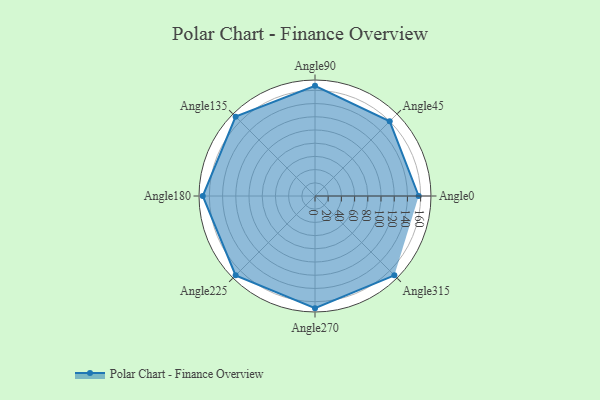
{"axis": {"x": "Angle", "y": "Radius"}, "legend": [""], "data": [{"x": "Angle0", "y": 157.0, "type": ""}, {"x": "Angle45", "y": 160.0, "type": ""}, {"x": "Angle90", "y": 167.0, "type": ""}, {"x": "Angle135", "y": 170, "type": ""}, {"x": "Angle180", "y": 170, "type": ""}, {"x": "Angle225", "y": 170, "type": ""}, {"x": "Angle270", "y": 170, "type": ""}, {"x": "Angle315", "y": 170, "type": ""}]}